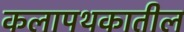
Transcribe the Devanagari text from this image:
कलापथकातील